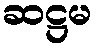
ဆဋ္ဌမ